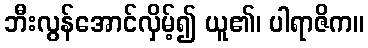
ဘီးလွန်အောင်လှိမ့်၍ ယူ၏၊ ပါရာဇိက။